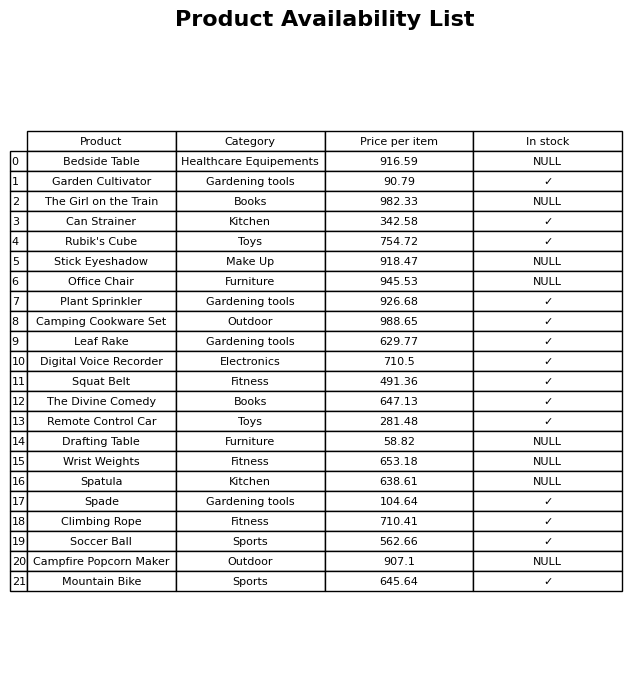
question: Which products are currently out of stock?
answer: Bedside Table, The Girl on the Train, Stick Eyeshadow, Office Chair, Drafting Table, Wrist Weights, Spatula, Campfire Popcorn Maker